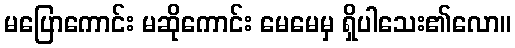
မပြောကောင်း မဆိုကောင်း မေမေမှ ရှိပါသေး၏လော။